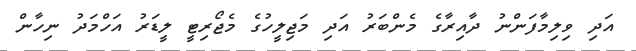
އަދި ވިލިމާފަންނު ދާއިރާގެ މެންބަރު އަދި މަޖިލީހުގެ މެޖޯރިޓީ ލީޑަރު އަހްމަދު ނިހާން